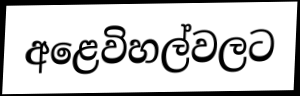
අළෙවිහල්වලට